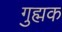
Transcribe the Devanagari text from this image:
गुह्मक